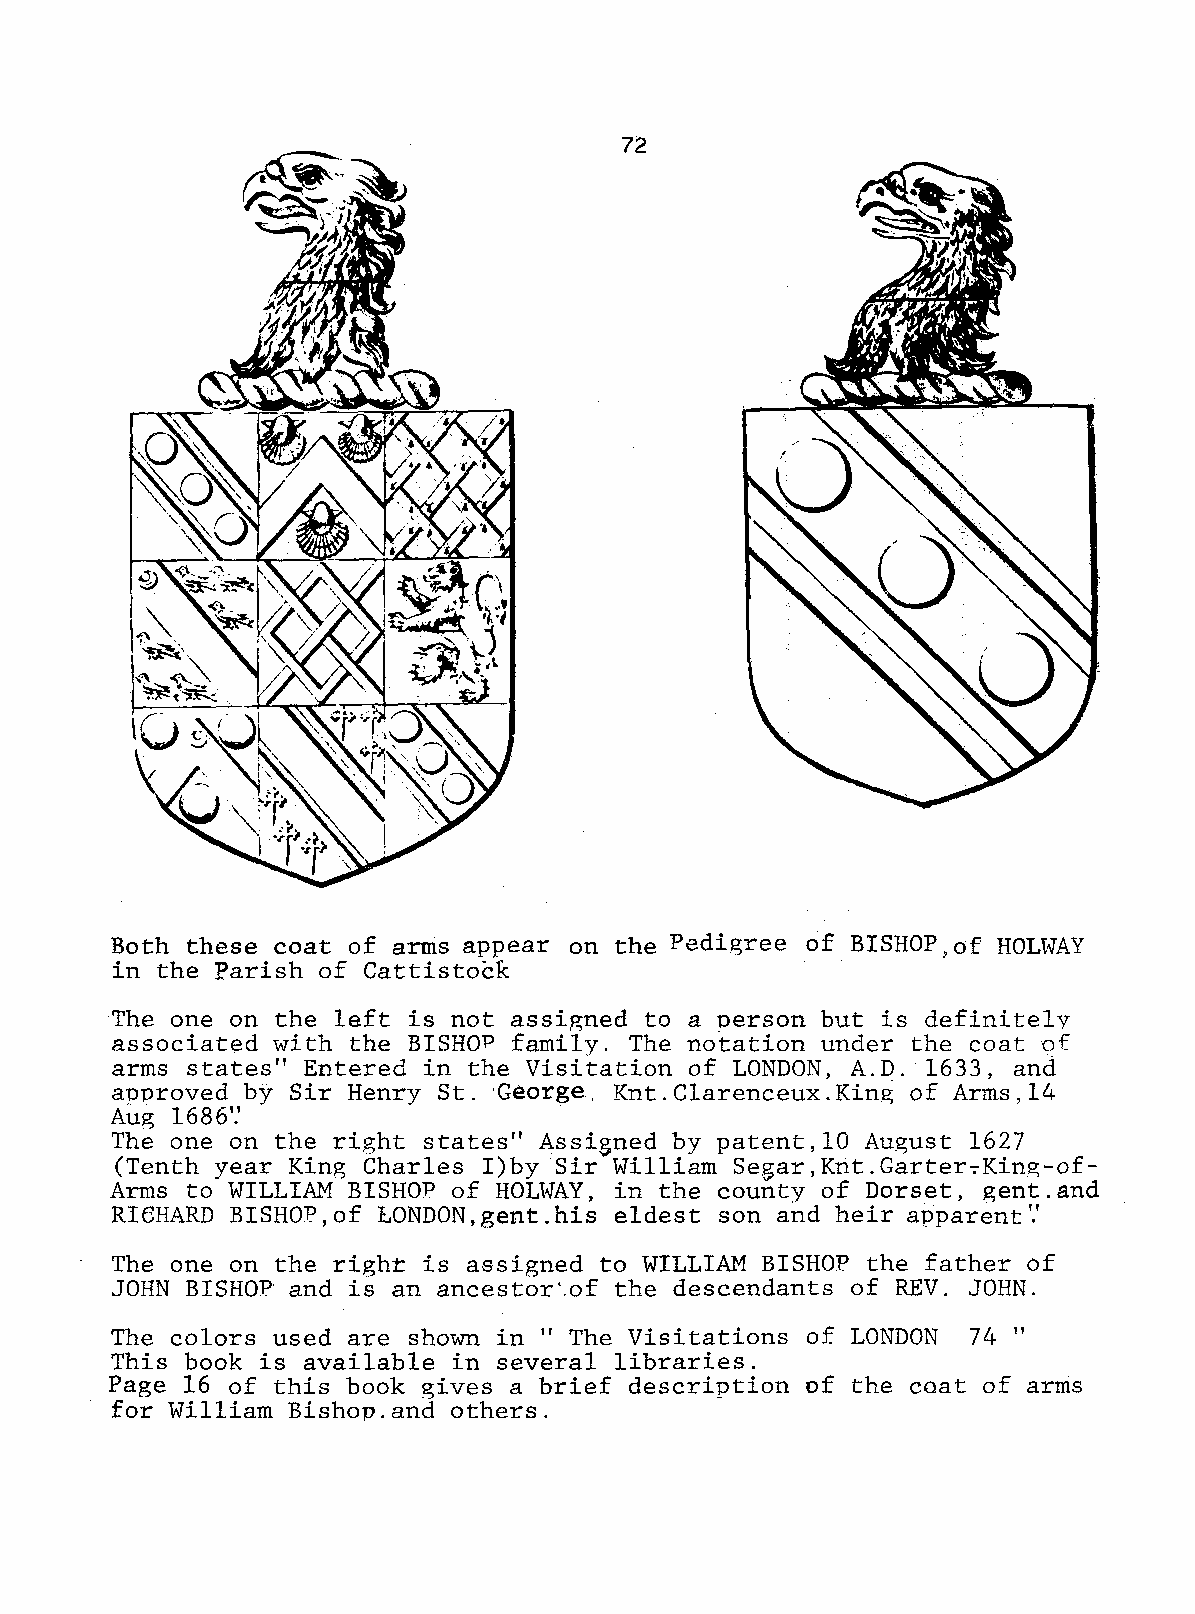
72
 ~
 1' -
 ~'
 ~"
 ·~-:('\._~
 \r  ~·
 r
 ,;.I .
 . '
 t
 ~.  I .\
 . , ... ;,.
 'l
 Both these coat of arms appear on the Pedigree of BISHOP, of HOLWAY
 in the Parish of Cattistock
 The one on the left is not assigned to a person but is definitely
 associated with the BISHOP family. The notation under the coat of
 arms states" Entered in the Visitation of LONDON, A.D. 1633, and
 approved by Sir Henry St. George  Knt.Clarenceux.King of Arms,14
 Aug 1686'.'
 The one on the right states" Assigned by patent,1O August 1627
 (Tenth year King Charles I)by Sir William Se,~ar, Knt. Garter-:-King-of
 Arms to WILLIAM BISHOP of HOLWAY, in the county of Dorset, gent.and
 RI6HARD BISHOP,of 1ONDON,gent.his eldest son and heir apparent'.'
 The one on the right is assigned to WILLIAM BISHOP the father of
 JOHN BISHOP and is an ancestor'.of the descendants of REV. JOHN.
 The colors used are shown in"  The Visitations of LONDON 74"
 This book is available in several libraries.
 Page 16 of this book gives a brief description of the coat of arms
 for William Bishop.and others.